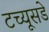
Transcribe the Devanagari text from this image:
टच्यूसडे